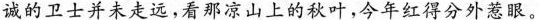
诚的卫士并未走远，看那凉山上的秋叶，今年红得分外惹眼。